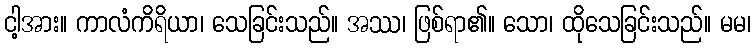
ငါ့အား။ ကာလံကိရိယာ၊ သေခြင်းသည်။ အဿ၊ ဖြစ်ရာ၏။ သော၊ ထိုသေခြင်းသည်။ မမ၊